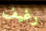
رغيف